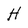
Character: H